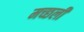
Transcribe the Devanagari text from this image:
मच्छली